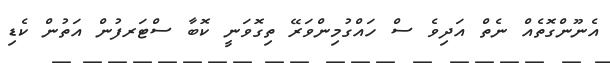
އެނޫންގޮތެއް ނެތް އަދިވެ ސް ހައްގުމިންވަރޭ ތިގޮވަނީ ކޮބާ ސްޓަރފުން އަތުން ކެޑި